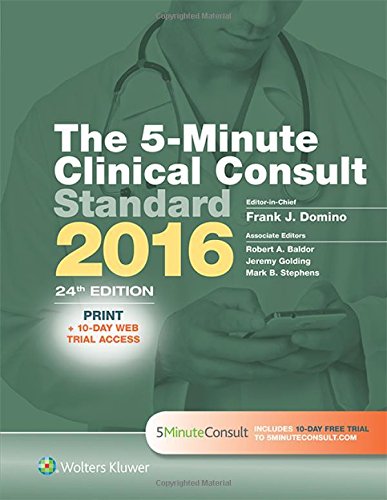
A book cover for The 5-Minute Clinical Consult Standard 2016: Print + 10-Day Web Trial Access (The 5-Minute Consult Series); Frank J. Domino MD; Medical Books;